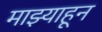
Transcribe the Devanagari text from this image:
माझ्याहून